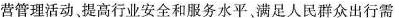
营管理活动、提高行业安全和服务水平、满足人民群众出行